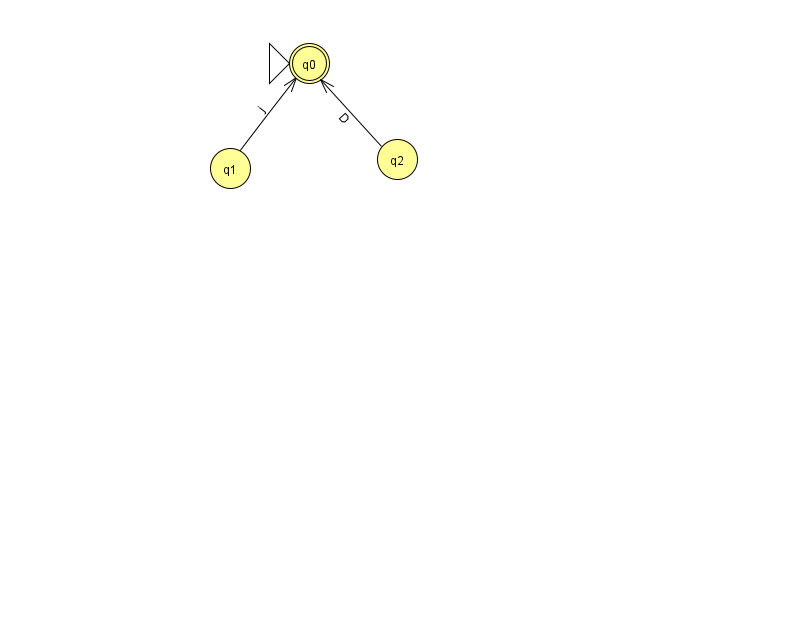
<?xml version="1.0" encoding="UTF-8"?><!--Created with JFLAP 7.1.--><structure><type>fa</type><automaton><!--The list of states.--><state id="0" name="q0"><x>309.0</x><y>50.0</y><initial/><final/></state><state id="1" name="q1"><x>230.0</x><y>155.0</y></state><state id="2" name="q2"><x>397.0</x><y>146.0</y></state><!--The list of transitions.--><transition><from>1</from><to>0</to><read>j</read></transition><transition><from>2</from><to>0</to><read>D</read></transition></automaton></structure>